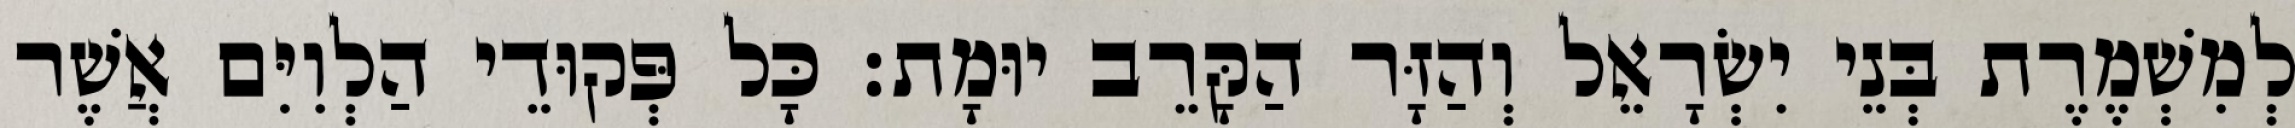
לְמִשְׁמֶרֶת בְּנֵי יִשְׂרָאֵל וְהַזָּר הַקָּרֵב יוּמָת׃ כָּל פְּקוּדֵי הַלְוִיִּם אֲשֶׁר